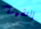
إلتقينا